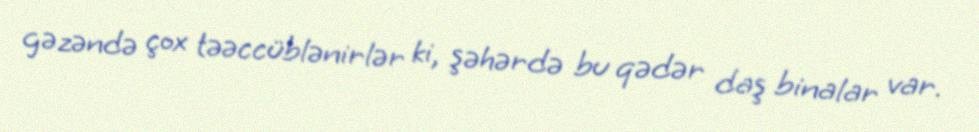
gəzəndə çox təəccüblənirlər ki, şəhərdə bu qədər daş binalar var.